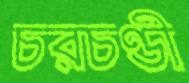
চরচণ্ডী